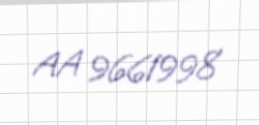
AA 9661998